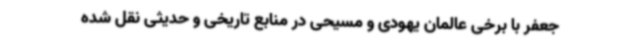
جعفر با برخی عالمان یهودی و مسیحی در منابع تاریخی و حدیثی نقل شده